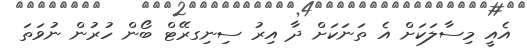
އެއީ މިސާލަކަށް އެ ތަނަކަށް ދާ އިރު ސިނިގރޭޓް ބޯން ހުރުން ނުވަތަ